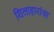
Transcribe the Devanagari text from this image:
शिलाहारांचा